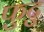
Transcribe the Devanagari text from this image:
फुटु